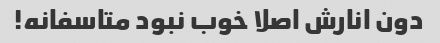
دون انارش اصلا خوب نبود متاسفانه!